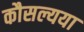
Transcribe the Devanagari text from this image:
कौसल्यया